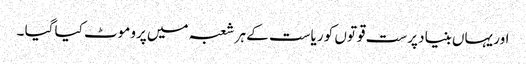
اور یہاں بنیاد پرست قوتوں کو ریاست کے ہر شعبہ میں پروموٹ کیا گیا ۔